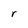
Character: r